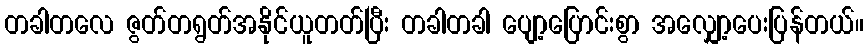
တခါတလေ ဇွတ်တရွတ်အနိုင်ယူတတ်ပြီး တခါတခါ ပျော့ပြောင်းစွာ အလျှော့ပေးပြန်တယ်။